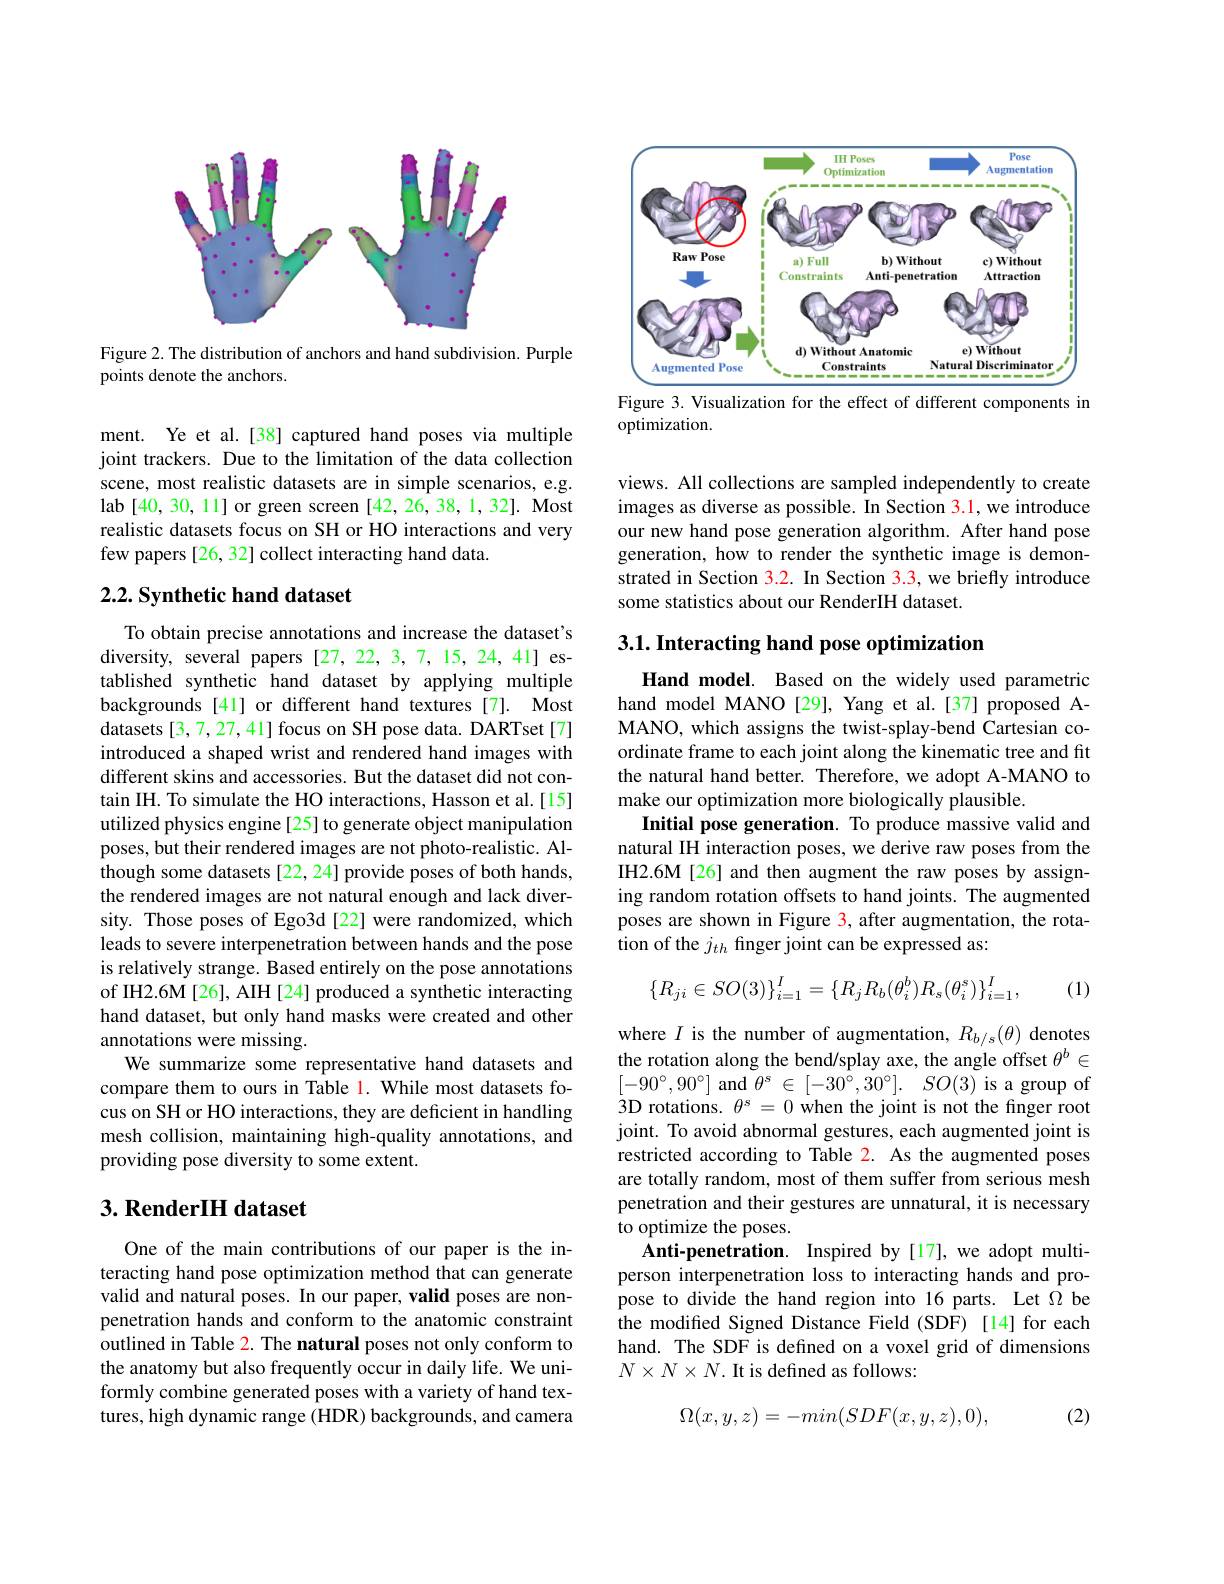
<FigureHere>

Figure 2. The distribution of anchors and hand subdivision. Purple
points denote the anchors.

ment. Ye et al.[38] captured hand poses via multiple joint trackers. Due to the limitation of the data collection scene, most realistic datasets are in simple scenarios, e.g. lab [40,30,11] or green screen [42,26,38,1,32]. Most realistic datasets focus on SH or HO interactions and very few papers [26, 32] collect interacting hand data.

### $2. 2. \textbf{Synthetic hand dataset}$

To obtain precise annotations and increase the dataset's diversity, several papers [27,22,3,7,15,24,41] established synthetic hand dataset by applying multiple backgrounds [41] or different hand textures [7]. Most datasets[3,7,27,41] focus on SH pose data. DARTset[7] introduced a shaped wrist and rendered hand images with different skins and accessories. But the dataset did not contain IH. To simulate the HO interactions, Hasson et al.[15] utilized physics engine[25] to generate object manipulation poses, but their rendered images are not photo-realistic. Although some datasets[22,24] provide poses of both hands, the rendered images are not natural enough and lack diversity. Those poses of Ego3d [22] were randomized, which leads to severe interpenetration between hands and the pose is relatively strange. Based entirely on the pose annotations of IH2.6M[26], AIH[24] produced a synthetic interacting hand dataset, but only hand masks were created and other annotations were missing.
We summarize some representative hand datasets and compare them to ours in Table 1. While most datasets focus on SH or HO interactions, they are deficient in handling mesh collision, maintaining high-quality annotations, and providing pose diversity to some extent.

### 3. RenderIH dataset

One of the main contributions of our paper is the interacting hand pose optimization method that can generate valid and natural poses. In our paper, valid poses are nonpenetration hands and conform to the anatomic constraint outlined in Table 2. The natural poses not only conform to the anatomy but also frequently occur in daily life. We uniformly combine generated poses with a variety of hand textures, high dynamic range (HDR) backgrounds, and camera

<FigureHere>

Figure 3. Visualization for the effect of different components in
optimization.

views. All collections are sampled independently to create images as diverse as possible. In Section 3.1, we introduce our new hand pose generation algorithm. After hand pose generation, how to render the synthetic image is demonstrated in Section 3.2. In Section 3.3, we briefly introduce some statistics about our RenderIH dataset.

## 3.1. Interacting hand pose optimization

Hand model. Based on the widely used parametric hand model MANO[29], Yang et al.[37] proposed AMANO, which assigns the twist-splay-bend Cartesian coordinate frame to each joint along the kinematic tree and fit the natural hand better. Therefore, we adopt A-MANO to make our optimization more biologically plausible.
Initial pose generation. To produce massive valid and natural IH interaction poses, we derive raw poses from the IH2.6M[26] and then augment the raw poses by assigning random rotation offsets to hand joints. The augmented poses are shown in Figure 3, after augmentation, the rotation of the $j_{th}$ finger joint can be expressed as:
$$\{R_{ji}\in SO(3)\}_{i=1}^{I}=\{R_{j}R_{b}(\theta_{i}^{b})R_{s}(\theta_{i}^{s})\}_{i=1}^{I},$$
(1)

where $I$ is the number of augmentation, $R_b/s(\theta)$ denotes the rotation along the bend/splay axe, the angle offset $\theta^b\in$ $\begin{array}{l}[-90^\circ,90^\circ]\text{ and }\theta^s\in[-30^\circ,30^\circ].\: SO(3)\text{ is a group of}\\3\text{D rotations. }\theta^s=0\text{ when the joint is not the finger root}\end{array}$ joint. To avoid abnormal gestures, each augmented joint is restricted according to Table 2. As the augmented poses are totally random, most of them suffer from serious mesh penetration and their gestures are unnatural, it is necessary to optimize the poses.
Anti-penetration. Inspired by[17], we adopt multiperson interpenetration loss to interacting hands and propose to divide the hand region into 16 parts. Let $\Omega$ be the modified Signed Distance Field (SDF) [14] for each hand. The SDF is defined on a voxel grid of dimensions $N\times N\times N.$ It is defined as follows:

(2)
$$\Omega(x,y,z)=-min(SDF(x,y,z),0),$$